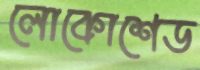
লোকোশেড